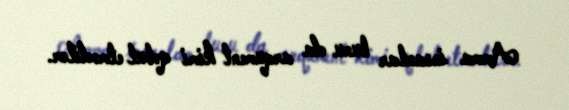
Amma insanlar bunu da arqument kimi qəbul etmədilər.